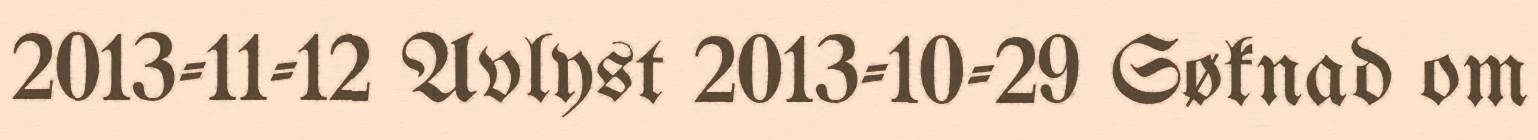
2013-11-12 Avlyst 2013-10-29 Søknad om